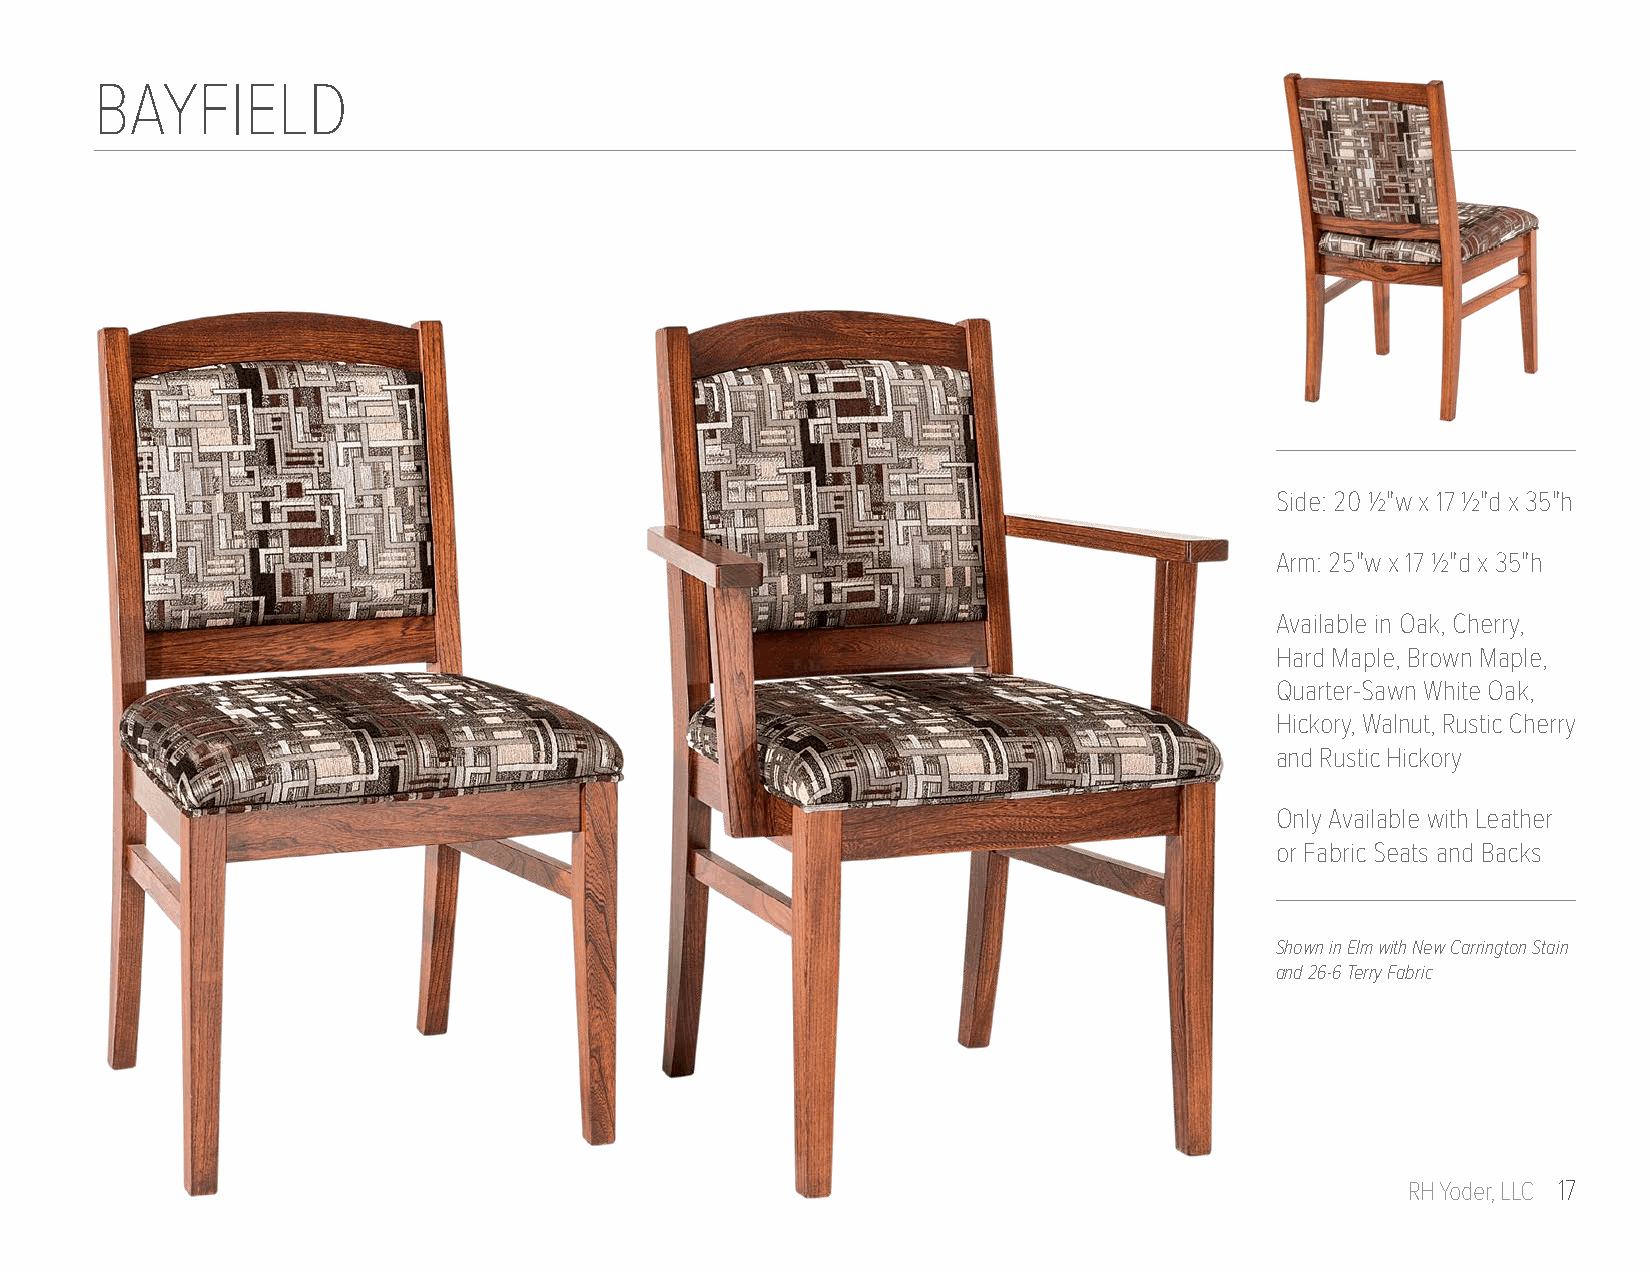
BAYFIELD
 Side: 20 1/2"w x 17 1/2"d x 35"h
 Arm: 25"w x 17 1/2"d x 35"h
 Available in Oak, Cherry,
 Hard Maple, Brown Maple,
 Quarter-Sawn White Oak,
 Hickory, Walnut, Rustic Cherry
 and Rustic Hickory
 Only Available with Leather
 or Fabric Seats and Backs
 Shown in Elm with New Carrington Stain
 and 26-6 Terry Fabric
 RH Yoder, LLC 17